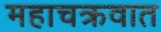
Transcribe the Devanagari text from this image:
महाचक्रवात